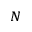
^ N